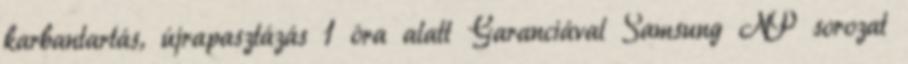
karbantartás, újrapasztázás 1 óra alatt Garanciával Samsung NP sorozat